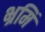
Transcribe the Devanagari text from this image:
भ्रमिं